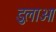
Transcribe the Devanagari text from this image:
डुलाओ